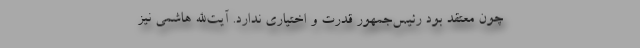
چون معتقد بود رئیس‌جمهور قدرت و اختیاری ندارد. آیت‌الله هاشمی نیز